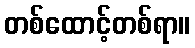
တစ်ထောင့်တစ်ရာ။